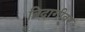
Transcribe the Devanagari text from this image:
बिदागीवर